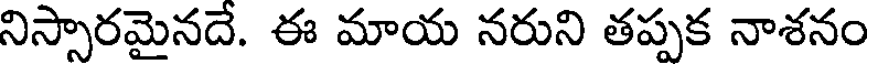
నిస్సారమైనదే. ఈ మాయ నరుని తప్పక నాశనం